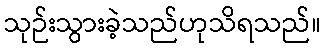
သုဉ်းသွားခဲ့သည်ဟုသိရသည်။